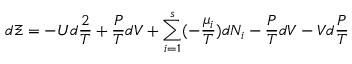
d \Xi = - U d { \frac { 2 } { T } } + { \frac { P } { T } } d V + \sum _ { i = 1 } ^ { s } ( - { \frac { \mu _ { i } } { T } } ) d N _ { i } - { \frac { P } { T } } d V - V d { \frac { P } { T } }